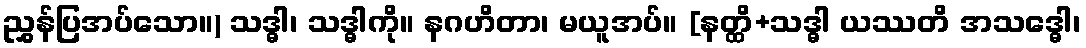
ညွှန်ပြအပ်သော။) သဒ္ဓါ၊ သဒ္ဓါကို။ နဂဟိတာ၊ မယူအပ်။ [နတ္ထိ+သဒ္ဓါ ယဿတိ အသဒ္ဓေါ၊